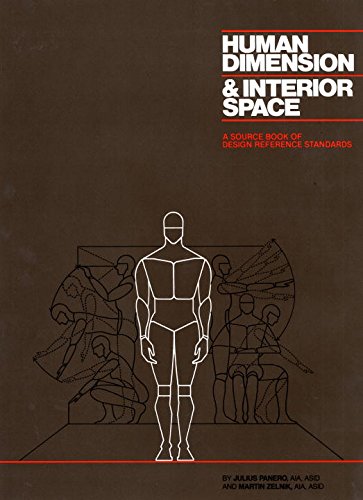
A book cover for Human Dimension & Interior Space: A Source Book of Design Reference Standards; Julius Panero; Arts & Photography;